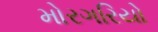
મોરગરિયો